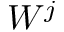
W ^ { j }